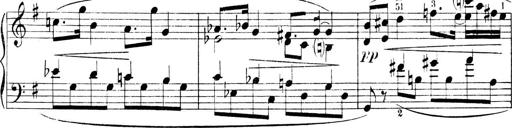
Title: 4 Sonatines
Composer: Max Reger